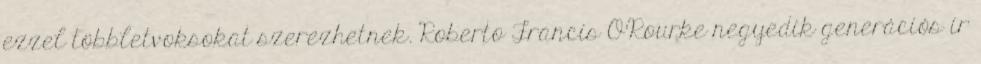
ezzel többletvoksokat szerezhetnek. Roberto Francis O'Rourke negyedik generációs ír